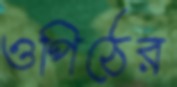
ওপিঠের